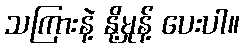
သကြားနဲ့ နို့မှုန့် ပေးပါ။